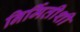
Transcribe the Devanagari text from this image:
निर्मितीशी